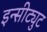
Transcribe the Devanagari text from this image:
इन्सीट्युट